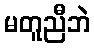
မတူညီဘဲ